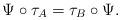
LaTeX: \begin{align*} \Psi\circ \tau_A = \tau_B\circ \Psi. \end{align*}